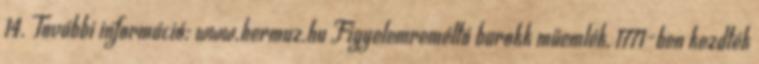
14. További információ: www.hermuz.hu Figyelemreméltó barokk műemlék, 1771-ben kezdték